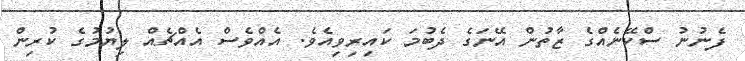
ފެނުނު ސްކޭނެއްގެ ޒާތުން އޭނަގެ ދެބުމަ ކައިރިވިއެވެ. އެއްވެސް އެއްޗެއް ލިޔުމުގެ ކުރިން